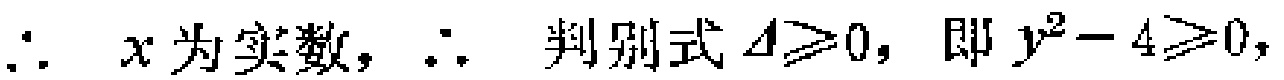
\(\therefore x为实数，\therefore 判别式\Delta\geq0，即y^{2}-4\geq0，\)